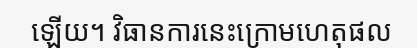
ឡើយ។ វិធានការនេះក្រោមហេតុផល